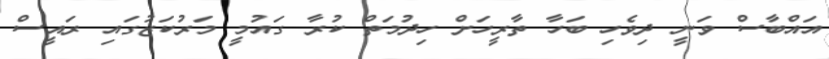
އައްބާސް ވަނީ ދިވެހި ބަހާ ތާރީހަށް ހިދުމަތް ކުރާ ގައުމީ މަރުކަޒުގައި ރައީސް